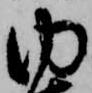
内